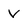
Character: V